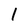
Character: I